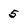
Character: 5